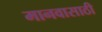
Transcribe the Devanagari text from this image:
मानवासाठी